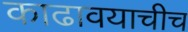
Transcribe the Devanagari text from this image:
काढावयाचीच